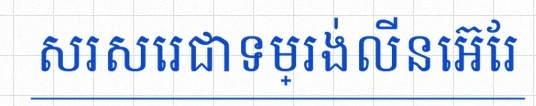
សរសេរជាទម្រង់លីនេអ៊ែរ